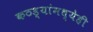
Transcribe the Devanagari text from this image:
कठड्यांमध्येही